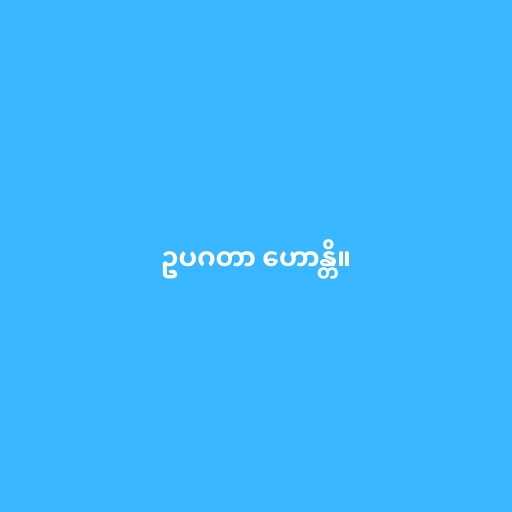
ဥပဂတာ ဟောန္တိ။